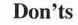
Don'ts